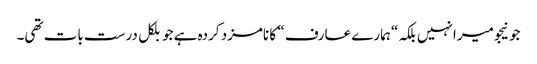
جونیجو میرا نہیں بلکہ “ہمارے عارف “ کا نامزد کردہ ہے جو بلکل درست بات تھی۔